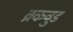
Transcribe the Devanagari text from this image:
व्रकवुड